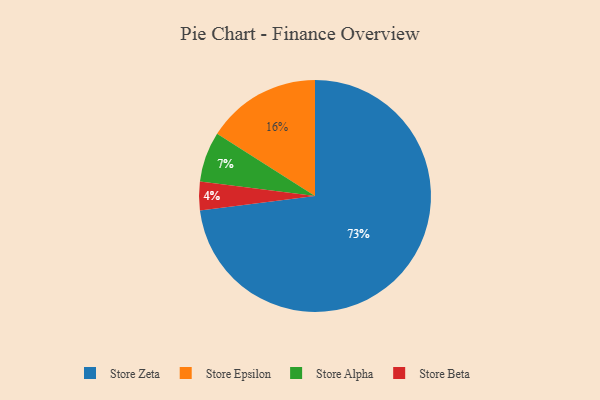
{"axis": {"x": "Category", "y": "Percentage"}, "legend": ["Store Alpha", "Store Beta", "Store Epsilon", "Store Zeta"], "data": [{"x": "Store Epsilon", "y": 16, "type": "Store Epsilon"}, {"x": "Store Alpha", "y": 7, "type": "Store Alpha"}, {"x": "Store Zeta", "y": 73, "type": "Store Zeta"}, {"x": "Store Beta", "y": 4, "type": "Store Beta"}]}